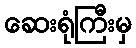
ဆေးရုံကြီးမှ